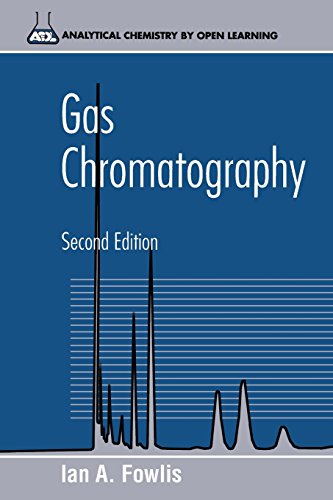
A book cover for Gas Chromatography: Analytical Chemistry by Open Learning; Ian A. Fowlis; Science & Math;